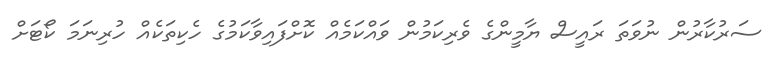
ސަރުކާރުން ނުވަތަ ރައީސް ޔާމީންގެ ވެރިކަމުން ވައްކަމެއް ކޮށްފައިވާކަމުގެ ހެކިތަކެއް ހުރިނަމަ ކޯޓަށް